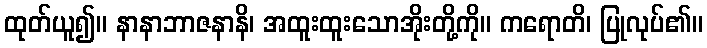
ထုတ်ယူ၍။ နာနာဘာဇနာနိ၊ အထူးထူးသောအိုးတို့ကို။ ကရောတိ၊ ပြုလုပ်၏။